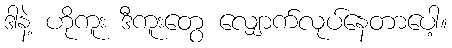
ဒါနဲ့ ဟိုကူး ဒီကူးတွေ လျှောက်လုပ်နေတာပေါ့။